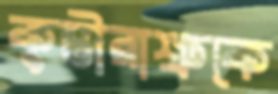
কুম্ভীরাশ্রুকে